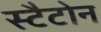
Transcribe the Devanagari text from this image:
स्टैटोन